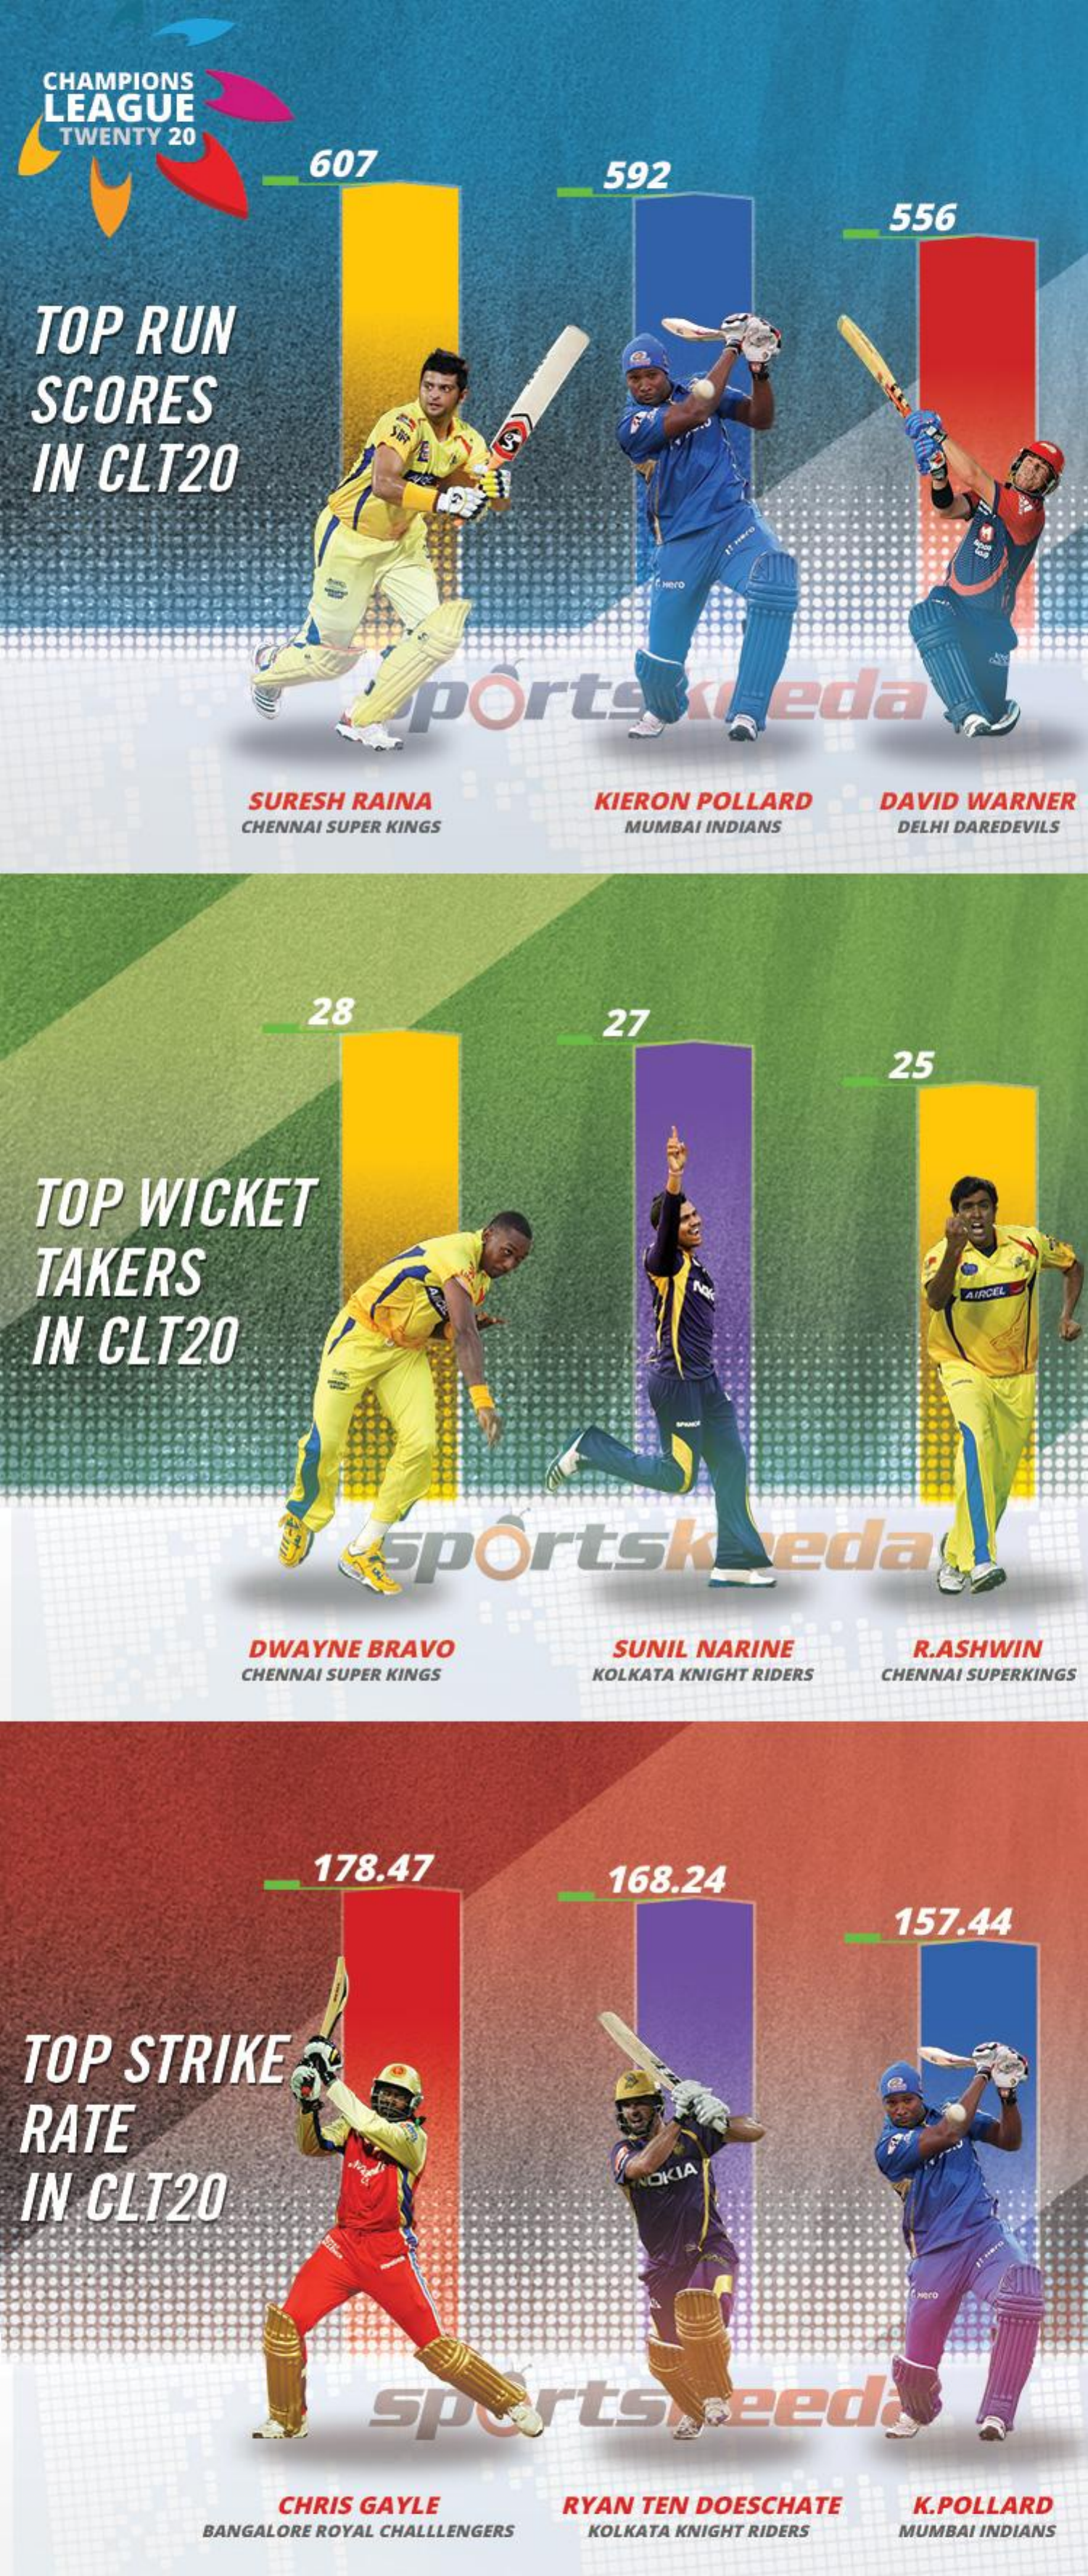
CHAMPIONS
   LEAGUE
    TWENTY  20
     607    592
     556
  TOP    RUN
   SCORES
   IN CLT20
     porte    xleda
     SURESH RAINA    KIERON POLLARD    DAVID WARNER
     CHENNAI SUPER KINGS    MUMBAI INDIANS    DELHI DAREDEVILS
     28    27
     25
   TOP   WICKET
   TAKERS
     MARCEL
   IN  CLT20
     sportskAreda
     DWAYNE  BRAVO    SUNIL NARINE    R.ASHWIN
     CHENNAI SUPER KINGS    KOLKATA KNIGHT RIDERS CHENNAI SUPERKINGS
     178.47    168.24
     157.44
  TOP   STRIKE
  RATE
  IN  CLT20
     OKIA
     spertspeed
     CHRIS GAYLE    RYAN TEN DOESCHATE    K.POLLARD
     BANGALORE ROYAL CHALLLENGERS KOLKATA KNIGHT RIDERS MUMBAI INDIANS